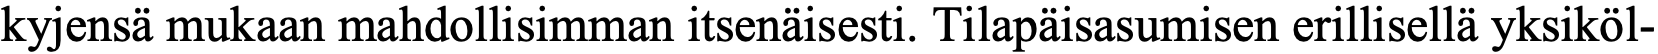
kyjensä mukaan mahdollisimman itsenäisesti. Tilapäisasumisen erillisellä yksiköl-